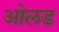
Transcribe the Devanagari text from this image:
ओलड